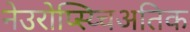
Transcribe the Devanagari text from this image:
नेउरोप्स्य्चिअतिक